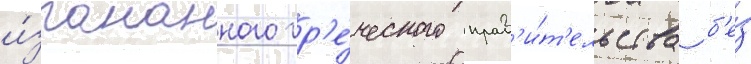
и́згнанного гр'е́ческого прав'и́т'ельства б'е́з